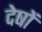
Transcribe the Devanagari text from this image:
देषों